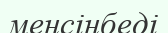
менсінбеді